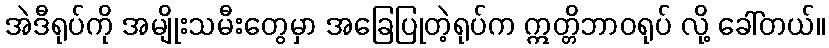
အဲဒီရုပ်ကို အမျိုးသမီးတွေမှာ အခြေပြုတဲ့ရုပ်က ဣတ္တိဘာဝရုပ် လို့ ခေါ်တယ်။